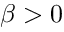
\beta > 0